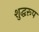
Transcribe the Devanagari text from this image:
शुद्धरूप